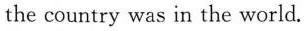
the country was in the world.